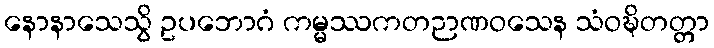
နောနာသေသွိ ဥပဘောဂံ ကမ္မဿကတဉာဏဝသေန သံဝဍ္ဎိတတ္တာ